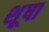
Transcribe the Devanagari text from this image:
शूषा